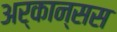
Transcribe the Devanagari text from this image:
अर्कान्सस